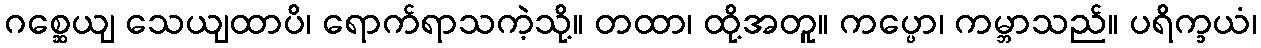
ဂစ္ဆေယျ သေယျထာပိ၊ ရောက်ရာသကဲ့သို့။ တထာ၊ ထို့အတူ။ ကပ္ပော၊ ကမ္ဘာသည်။ ပရိက္ခယံ၊